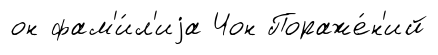
он фам'и́л'иjа Чон Пораже́н'ий